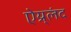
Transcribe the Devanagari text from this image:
ऐय्र्लंद